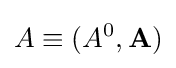
A\equiv (A^{0},\mathbf {A} )